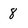
Character: 8